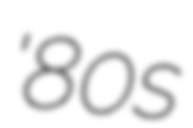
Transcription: '80s